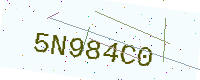
Text: 5N984C0